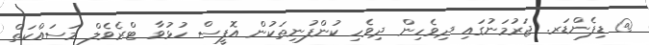
@ ޑިފެންޑަރ. ޖަރުމަނުގައި ދިވެހިން ދިވެހި ކުންފުނިތަކުން އޮފީސް ހުޅުވާ ޓްރެވެލް މަސައްކަތް